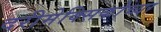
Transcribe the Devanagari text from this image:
दरीमेक्सिकोच्या